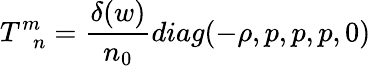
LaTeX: T_{\; \; n}^{m}=\frac{\delta(w)}{n_{0}}diag(-\rho,p,p,p,0)